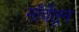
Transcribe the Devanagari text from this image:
नॉर्वेतून